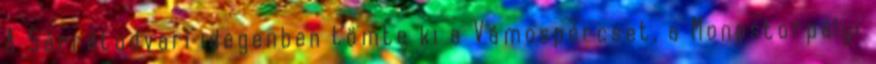
A Sárrétudvari idegenben tömte ki a Vámospércset, a Monostorpályi